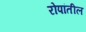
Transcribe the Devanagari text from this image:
रोपांतील